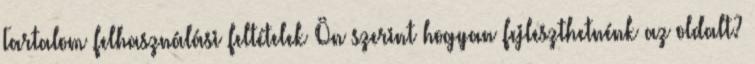
Tartalom felhasználási feltételek Ön szerint hogyan fejleszthetnénk az oldalt?